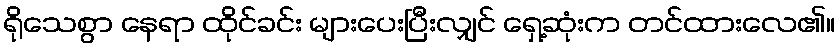
ရိုသေစွာ နေရာ ထိုင်ခင်း များပေးပြီးလျှင် ရှေ့ဆုံးက တင်ထားလေ၏။